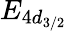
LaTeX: E_{4d_{3/2}}